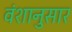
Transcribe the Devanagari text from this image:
वंशानुसार